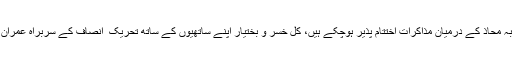
فواد چودھری کا کہنا ہے کہ تحریکِ انصاف اور جنوبی پنجاب صوبہ محاذ کے درمیان مذاکرات اختتام پذیر ہوچکے ہیں، کل خسر و بختیار اپنے ساتھیوں کے ساتھ تحریک ِ انصاف کے سربراہ عمران خان کے ہمراہ مشترکہ پریس کانفرنس میں اس کا اعلان کریں گے۔